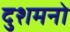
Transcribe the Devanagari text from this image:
दुशमनो